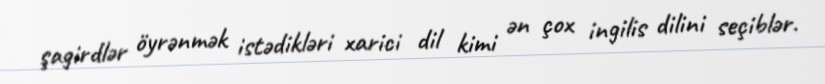
şagirdlər öyrənmək istədikləri xarici dil kimi ən çox ingilis dilini seçiblər.